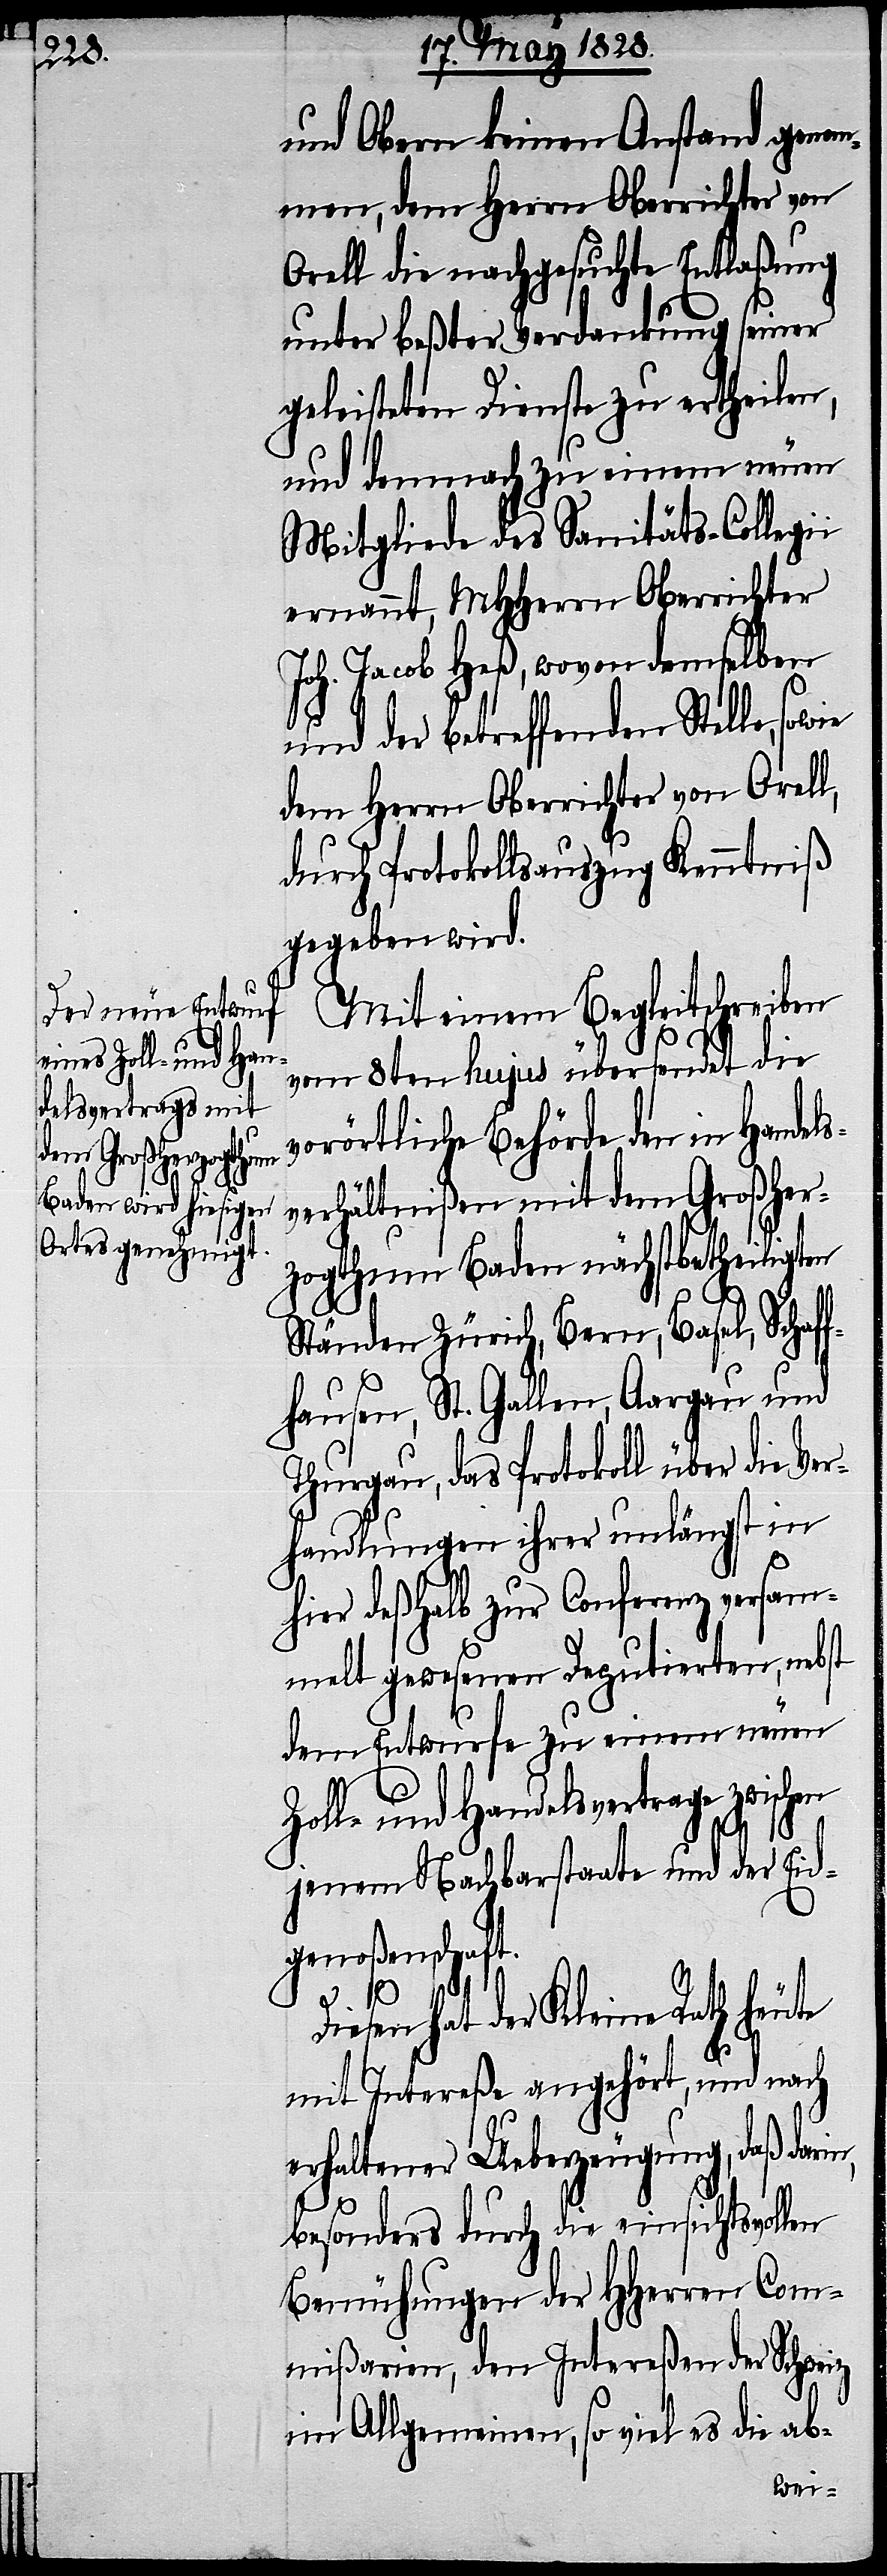
und Obern keinen Anstand genom¬
men, dem Herrn Oberrichter von
Orell die nachgesuchte Entlaßung
unter beßter Verdankung seiner
geleisteten Dienste zu ertheilen,
und demnach zu einem neuen
Mitgliede des Sanitäts-Collegii
ernannt, MHHerrn Oberrichter
Joh. Jacob Heß, wovon dem selben
und der betreffenden Stelle,
dem Herrn Oberrichter von Orell,
durch Protokollsauszug Kenntniß
gegeben wird.
Mit einem Begleitschreiben
vom 8ten hujus übersendet die
vorörtliche Behörde den in Handels¬
verhältnißen mit dem Großher¬
zogthum Baden nächstbetheiligten
n,
Ständen Zürich, Bern, Basel, Schaf¬
fhausen, St. Gallen, Aargau und
Thurgau, das Protokoll über die Ver¬
handlungen ihrer unlängst in
hier deßhalb zur Conferenz versam¬
melt gewesenen Deputirten, nebst
dem Entwurfe zu einem neuen
Zoll- und Handelsvertrage
jenem Nachbarstaate und der Eid¬
genoßenschaft.
Diesen hat der Kleine Rath heute
mit Intereße angehört, und nach
erhaltener Ueberzeugung, daß dari¬
besonders durch die einsichtsvollen
Bemühungen der HHerren Com¬
mißarien, den Intereßen der Schweiz
im Allgemeinen, so viel es die ab-